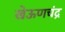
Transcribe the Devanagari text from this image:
खेऊणचंद्र